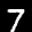
Label: 7